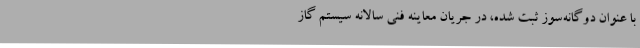
با عنوان دوگانه‌سوز ثبت شده، ‌در جریان معاینه فنی سالانه سیستم گاز